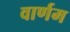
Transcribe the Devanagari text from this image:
वार्णम